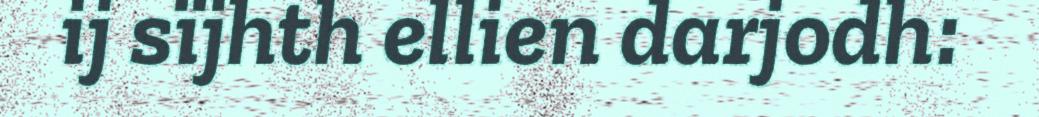
ij sïjhth ellien darjodh: